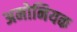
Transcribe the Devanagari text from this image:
अमोनियक